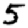
Digit: 5